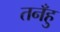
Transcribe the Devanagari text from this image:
तनँहु